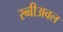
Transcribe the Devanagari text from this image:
रब्बीअवल